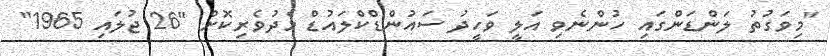
"މިވަގުތު ލަންޑަންގައި ހުންނެވި އަލީ ވަހީދު ސައުންޑްކްލައުޑް މެދުވެރިކޮށް "26 ޖުލައި 1965"